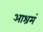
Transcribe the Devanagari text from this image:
आश्रमं